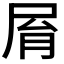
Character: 𡱑